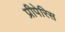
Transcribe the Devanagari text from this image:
प्रीपेरिस